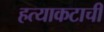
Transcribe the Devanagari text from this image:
हत्याकटाची